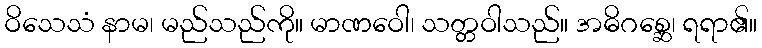
ဝိသေသံ နာမ၊ မည်သည်ကို။ မာဏဝေါ၊ သတ္တဝါသည်။ အဓိဂစ္ဆေ၊ ရရာ၏။